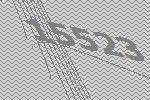
15523